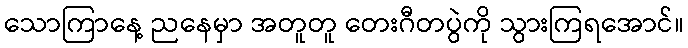
သောကြာနေ့ ညနေမှာ အတူတူ တေးဂီတပွဲကို သွားကြရအောင်။